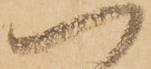
へ